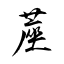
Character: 蓙